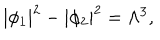
| \phi _ { 1 } | ^ { 2 } - | \phi _ { 2 } | ^ { 2 } = \Lambda ^ { 3 } , \qquad